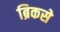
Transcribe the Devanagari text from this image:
ब्रिकसे